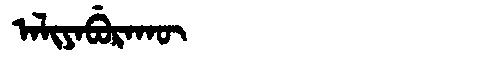
Manchu: ᠠᠯᡳᠶᠠᠪᡠᡵᠠᡴᡡ
Romanization: ALIYABURAKŪ